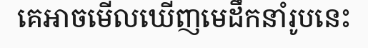
គេអាចមើលឃើញមេដឹកនាំរូបនេះ